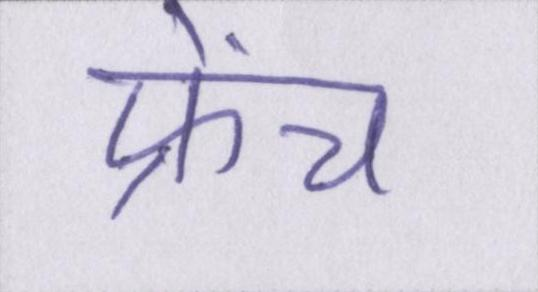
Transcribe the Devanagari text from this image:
फ्रेंच